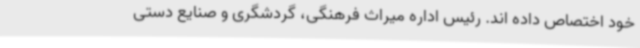
خود اختصاص داده اند. رئیس اداره میراث فرهنگی، گردشگری و صنایع دستی